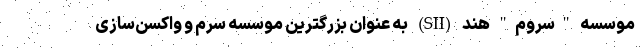
موسسه "سروم‌" هند (SII) به عنوان بزرگترین موسسه سرم‌ و واکسن‌سازی